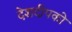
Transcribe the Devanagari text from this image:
देशदीपको